Civil Veterinary Department. Madras. Admin. report 1910-25 - 1910-1925
Year: 1910
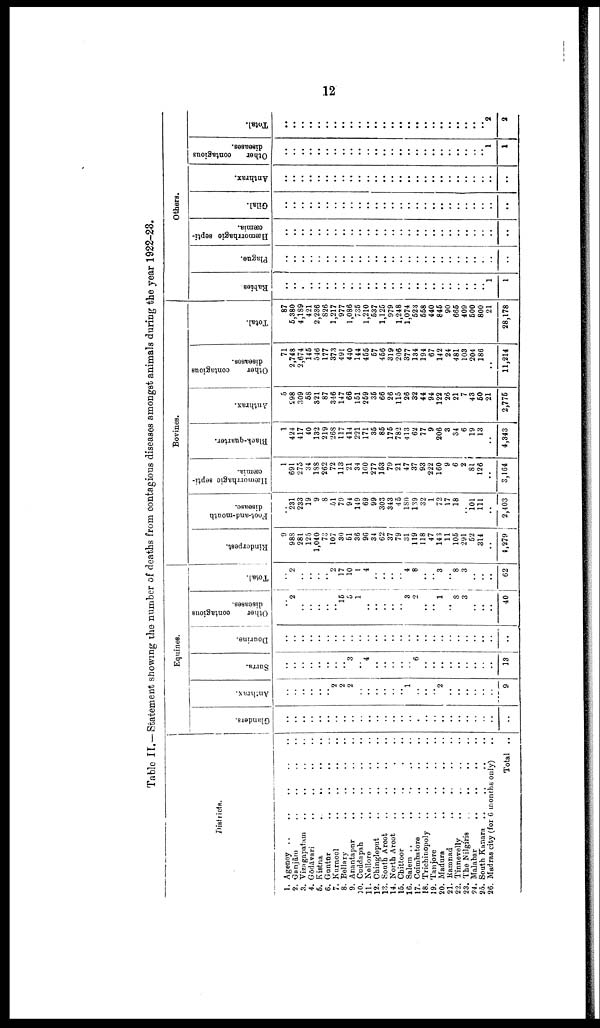
12
Table II. —Statement showing the number of deaths from contagious diseases amongst animals during the year 1922-23.
Districts.
1. Agency .. .. .. .. ..
2. Gangām .. .. .. ..
3. Vizagapatam .. .. .. ..
4.
Gōdāvary
..
..
..
..
5. Kistna
..
..
..
..
6. Gantūr
7. Kurnool
..
..
..
..
8. Bellary
..
..
..
..
9. Annntapur .. .. .. ..
10. Cuddapah .. .. .. ..
11. Nellore .. .. .. ..
12. Chingleput .. .. .. ..
13. South Arcot .. .. .. ..
14. North Arcot .. .. .. ..
15. Chittoor
..
..
..
..
16. Salem . . . . . . . . ..
17. Coimbatore .. .. .. ..
18. Trichinopoly
..
..
..
..
19. Tanjore .. .. .. ..
20. Madura
..
..
..
..
21. Ramnad .. .. .. ..
22. Tinneyelly .. .. .. ..
23. The Nilgiris
..
..
..
..
24. Malabar
..
..
..
..
25. South Kanara .. .. .. ..
26. Madras city (for 6 months only) ..
Total ..
Equines.
Glanders.
..
..
..
..
..
..
..
..
..
..
..
..
..
..
..
..
..
..
..
..
..
..
..
..
..
..
..
Anthrax.
..
..
..
..
..
..
2
2
2
..
..
..
..
..
..
1
..
..
..
2
..
..
..
..
..
..
9
Surra.
..
..
..
..
..
..
..
..
3
..
4
..
..
..
..
..
6
..
..
..
..
..
..
..
..
..
13
Dourine.
..
..
..
..
..
..
..
..
..
..
..
..
..
..
..
..
..
..
..
..
..
..
..
..
..
..
..
Other
contagious
diseases.
..
2
..
..
..
..
..
16
5
1
..
..
..
..
..
3
2
..
..
1
..
8
3
..
..
..
40
Total.
..
2
..
..
..
..
2
17
10
1
4
..
..
..
..
4
8
..
..
3
..
8
3
..
..
..
62
Bovines.
Rinderpest.
9
988
281
125
1,040
73
107
30
61
36
9C
34
62
37
79
31
119
118
47
143
11
106
291
52
314
..
4,279
Foot-and-mouth
disease.
231
233
19
9
8
51
79
94
149
69
99
303
343
45
180
139
32
1
72
17
18
..
101
111
..
2,403
Hæmorrhagic septi
cæmia.
1
691
275
34
188
262
72
113
21
34
160
277
153
79
21
47
37
93
222
160
9
6
2
81
126
..
3,164
Black-quarter.
1
424
417
40
132
219
268
117
414
221
171
36
86
176
782
413
62
77
9
206
3
34
6
19
13
..
4,343
Anthrax.
5
298
309
68
321
87
346
147
66
151
269
36
66
26
115
26
32
44
94
122
26
21
7
43
60
21
2,776
Other
contagious
diseases.
71
2,748
2,674
145
546
177
373
49!
440
144
455
67
456
319
206
377
134
194
67
142
24
481
103
204
186
..
11,214
Total.
87
6,380
4,189
421
2,236
826
1,217
977
1,086
735
1,210
637
1,125
979
1,248
1,074
523
668
440
846
90
666
409
600
800
21
28,178
Others.
Rabies
..
..
..
..
..
..
..
..
..
..
..
..
..
..
..
..
..
..
..
..
..
..
..
..
..
1
1
Plague.
..
..
..
..
..
..
..
..
..
..
..
..
..
..
..
..
..
..
..
..
..
..
..
..
..
..
..
Hæmorrhagic septi
cæmia.
..
..
..
..
..
..
..
..
..
..
..
..
..
..
..
..
..
..
..
..
..
..
..
..
..
..
..
Glial.
..
..
..
..
..
..
..
..
..
..
..
..
..
..
..
..
..
..
..
..
..
..
..
..
..
..
..
Anthrax.
..
..
..
..
..
..
..
..
..
..
..
..
..
..
..
..
..
..
..
..
..
..
..
..
..
..
..
Other
contagious
diseases.
..
..
..
..
..
..
..
..
..
..
..
..
..
..
..
..
..
..
..
..
..
..
..
..
..
1
1
Total.
..
..
..
..
..
..
..
..
..
..
..
..
..
..
..
..
..
..
..
..
..
..
..
..
..
2
2